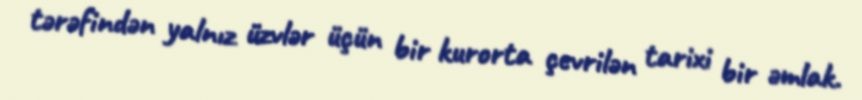
tərəfindən yalnız üzvlər üçün bir kurorta çevrilən tarixi bir əmlak.